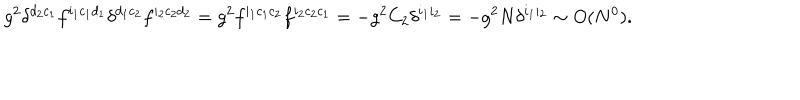
g ^ { 2 } \delta ^ { d _ { 2 } c _ { 1 } } f ^ { i _ { 1 } c _ { 1 } d _ { 1 } } \delta ^ { d _ { 1 } c _ { 2 } } f ^ { i _ { 2 } c _ { 2 } d _ { 2 } } = g ^ { 2 } f ^ { i _ { 1 } c _ { 1 } c _ { 2 } } f ^ { i _ { 2 } c _ { 2 } c _ { 1 } } = - g ^ { 2 } C _ { 2 } \delta ^ { i _ { 1 } i _ { 2 } } = - g ^ { 2 } N \delta ^ { i _ { 1 } i _ { 2 } } \sim O ( N ^ { 0 } ) .